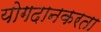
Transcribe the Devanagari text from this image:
योगदानकरता